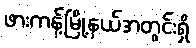
ဖားကန့်မြို့နယ်အတွင်းရှိ